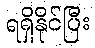
ရရှိနိုင်ပြီး